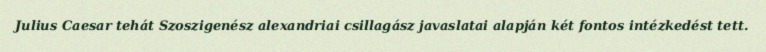
Julius Caesar tehát Szoszigenész alexandriai csillagász javaslatai alapján két fontos intézkedést tett.